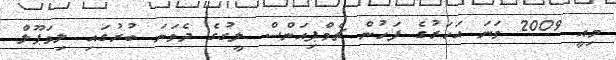
މިއީ 2009 ވަނަ އަހަރުގެ ފަހުން ޗެމްޕިއަންސް ލީގުގެ ދެވަނަ ބުރުގައި ލިވަޕޫލް